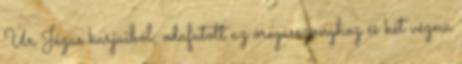
Úr Jézus karjaiból, odafutott az öregasszonyhoz és két vézna